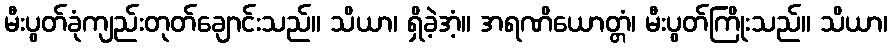
မီးပွတ်ခုံကျည်းတုတ်ချောင်းသည်။ သိယာ၊ ရှိခဲ့အံ့။ အရဏိယောတ္တံ၊ မီးပွတ်ကြိုးသည်။ သိယာ၊